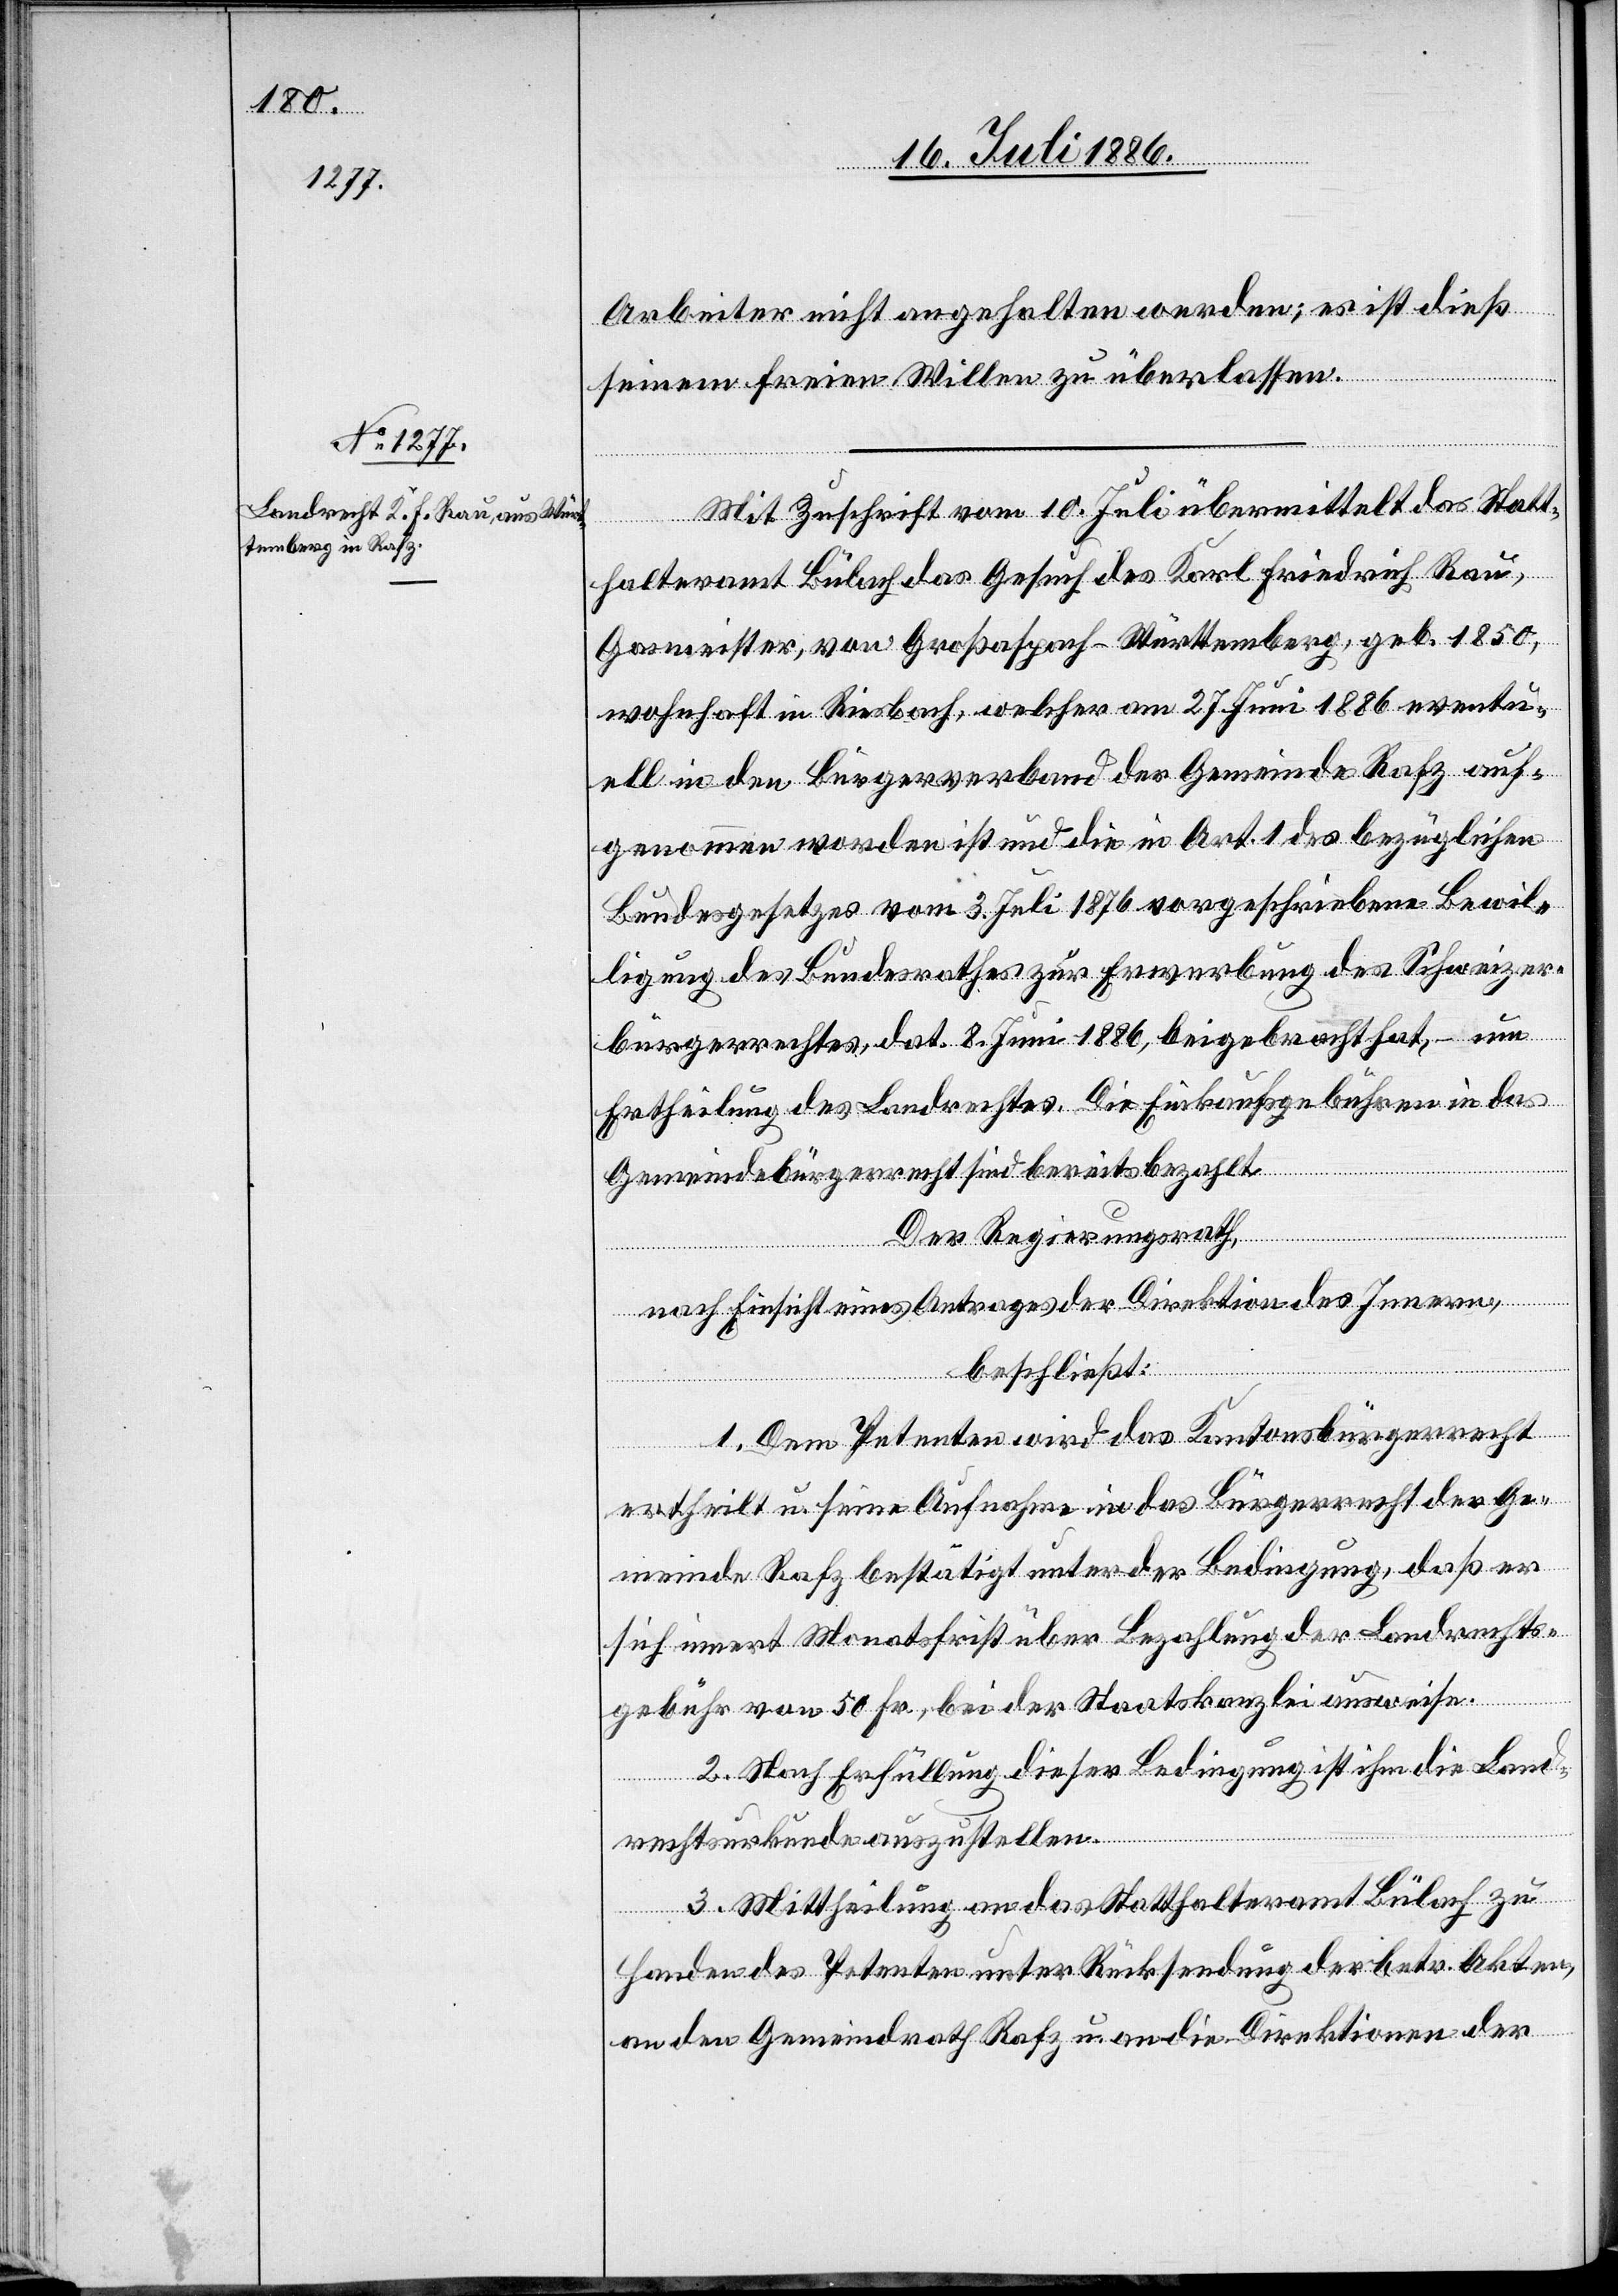
Arbeiter nicht angehalten werden; es ist dieß
seinem freien Willen überlassen.
Mit Zuschrift vom 10. Juli übermittelt das Statt¬
halteramt Bülach das Gesuch des Karl Friedrich Rau,
Gasmeister, von Großaspach - Württemberg, geb. 1850,
wohnhaft in Riesbach, welcher am 27. Juni 1886 eventu¬
ell in den Bürgerverband der Gemeinde Rafz auf¬
genommen worden ist und die in Art. 1 des bezüglichen
Bundesgesetzes vom 3. Juli 1876 vorgeschriebene Bewil¬
ligung des Bundesrathes zur Erwerbung des Schweizer¬
bürgerrechtes, dat. 8. Juni 1886, beigebracht hat, – um
Ertheilung des Landrechtes. Die Einkaufsgebühren in das
Gemeindebürgerrecht sind bereits bezahlt.
Der Regierungsrath,
nach Einsicht eines Antrages der Direktion des Innern,
beschließt:
1. Dem Petenten wird das Kantonsbürgerrecht
ertheilt u. seine Aufnahme in das Bürgerrecht der Ge¬
meinde Rafz bestätigt unter der Bedingung, daß er
sich innert Monatsfrist über Bezahlung der Landrechts¬
gebühr von 50 Fr., bei der Staatskanzlei ausweise.
2. Nach Erfüllung dieser Bedingung ist ihm die Land¬
rechtsurkunde auszustellen.
3. Mittheilung an das Statthalteramt Bülach zu
Handen des Petenten unter Rücksendung der betr. Akten,
an den Gemeindrath Rafz u. an die Direktionen der